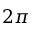
2 \pi